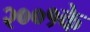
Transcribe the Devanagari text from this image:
२००१के